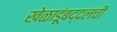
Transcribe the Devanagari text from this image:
खेळाडूंबद्दलची